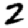
Digit: 2